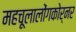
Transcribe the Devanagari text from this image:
महचूलालोंगकोर्नर